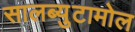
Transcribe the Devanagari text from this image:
सालब्युटामोल